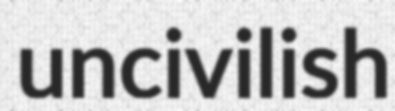
uncivilish